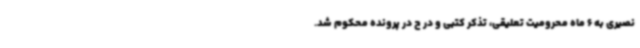
نصیری به 6 ماه محرومیت تعلیقی، تذکر کتبی و در ج در پرونده محکوم شد.